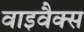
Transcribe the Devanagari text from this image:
वाइवैक्स